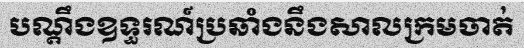
បណ្តឹងឧទ្ធរណ៍ប្រឆាំងនឹងសាលក្រមចាត់